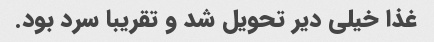
غذا خیلی دیر تحویل شد و تقریبا سرد بود.